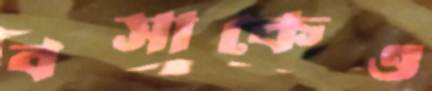
বসাকেও